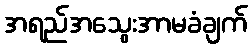
အရည်အသွေးအာမခံချက်